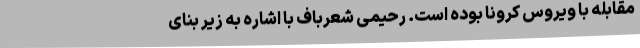
مقابله با ویروس کرونا بوده است. رحیمی شعرباف با اشاره به زیر بنای